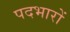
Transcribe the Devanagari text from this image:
पदभारों